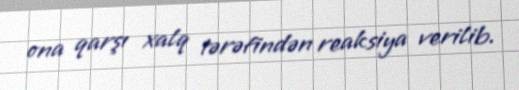
ona qarşı xalq tərəfindən reaksiya verilib.